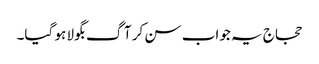
حجاج یہ جواب سن کر آگ بگولا ہو گیا۔